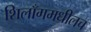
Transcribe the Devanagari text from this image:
शिलाँगमधीलच